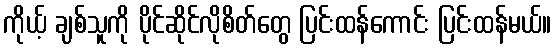
ကိုယ့် ချစ်သူကို ပိုင်ဆိုင်လိုစိတ်တွေ ပြင်းထန်ကောင်း ပြင်းထန်မယ်။